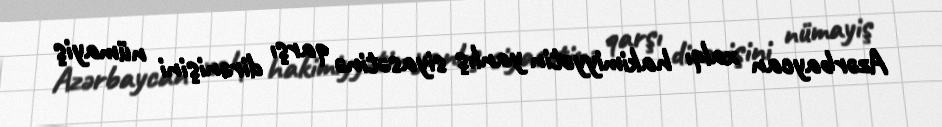
Azərbaycan xalqı hakimiyyətin yanlış siyasətinə qarşı dirənişini nümayiş